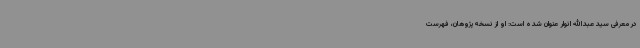
در معرفی سیدعبدالله انوار عنوان شده است: او از نسخه‌پژوهان، فهرست